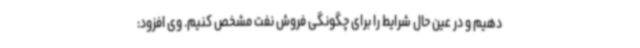
دهیم و در عین حال شرایط را برای چگونگی فروش نفت مشخص کنیم. وی افزود: